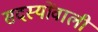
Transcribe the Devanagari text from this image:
सदस्योंवाली